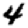
Digit: 4